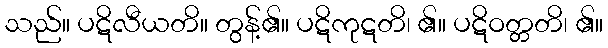
သည်။ ပဋိလီယတိ။ တွန့်၏။ ပဋိကုဋတိ၊ ၏။ ပဋိဝတ္တတိ၊ ၏။